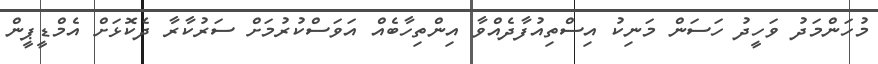
މުހަންމަދު ވަހީދު ހަސަން މަނިކު އިސްތިއުފާދެއްވާ އިންތިހާބެއް އަވަސްކުރުމަށް ސަރުކާރާ ދެކޮޅަށް އެމްޑީޕީން